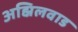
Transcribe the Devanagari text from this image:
अह्निलवाड